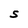
Character: S